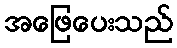
အဖြေပေးသည်